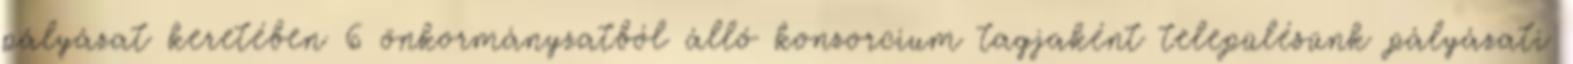
pályázat keretében 6 önkormányzatból álló konzorcium tagjaként településünk pályázati